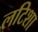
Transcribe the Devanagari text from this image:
लटिशा